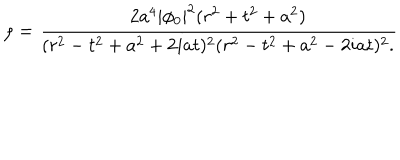
LaTeX: \rho = { \frac { 2 a ^ { 4 } | \phi _ { 0 } | ^ { 2 } ( r ^ { 2 } + t ^ { 2 } + a ^ { 2 } ) } { ( r ^ { 2 } - t ^ { 2 } + a ^ { 2 } + 2 i a t ) ^ { 2 } ( r ^ { 2 } - t ^ { 2 } + a ^ { 2 } - 2 i a t ) ^ { 2 } . } }